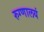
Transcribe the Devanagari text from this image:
रुग्णालयं